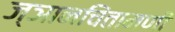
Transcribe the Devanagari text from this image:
ज्ञानचिंतामणी